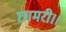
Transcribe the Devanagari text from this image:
छामरी।।